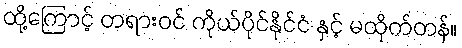
ထို့ကြောင့် တရားဝင် ကိုယ်ပိုင်နိုင်ငံ နှင့် မထိုက်တန်။